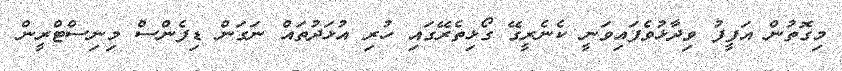
މިގޮތުން އަފީފު ވިދާޅުވެފައިވަނީ ކެނެރީގޭ ގޯޅިތެރޭގައި ހުރި އުޅަދުތައް ނަގަން ޑިފެންސް މިނިސްޓްރީން